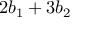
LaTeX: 2 b _ { 1 } + 3 b _ { 2 }